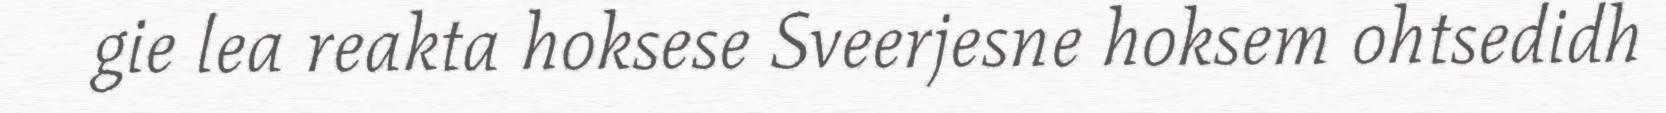
gie lea reakta hoksese Sveerjesne hoksem ohtsedidh